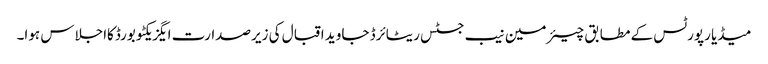
میڈیا رپورٹس کے مطابق چیئرمین نیب جسٹس ریٹائرڈ جاوید اقبال کی زیرصدارت ایگزیکٹو بورڈکااجلاس ہوا۔